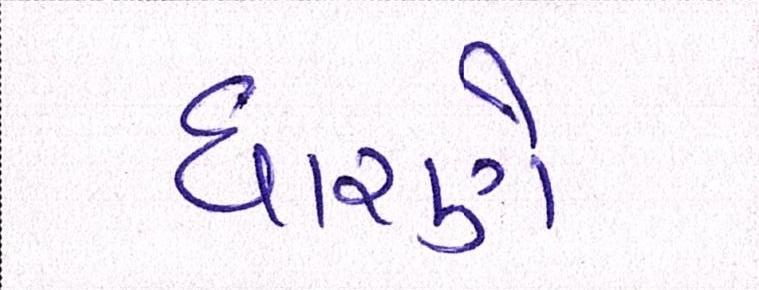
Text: ધારણે